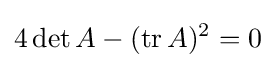
4\det A-(\operatorname {tr} A)^{2}=0